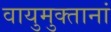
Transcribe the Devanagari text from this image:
वायुमुक्तानां